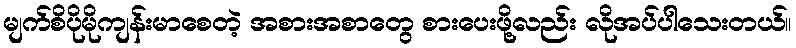
မျက်စိပိုမိုကျန်းမာစေတဲ့ အစားအစာတွေ စားပေးဖို့လည်း လိုအပ်ပါသေးတယ်။